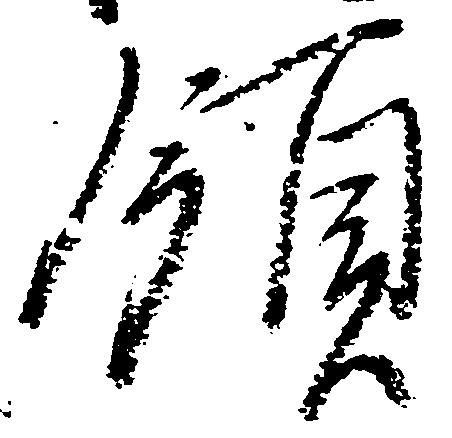
領